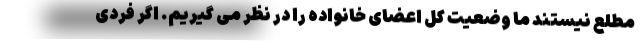
مطلع نیستند ما وضعیت کل اعضای خانواده را در نظر می گیریم. اگر فردی